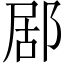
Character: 𨛮